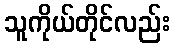
သူကိုယ်တိုင်လည်း